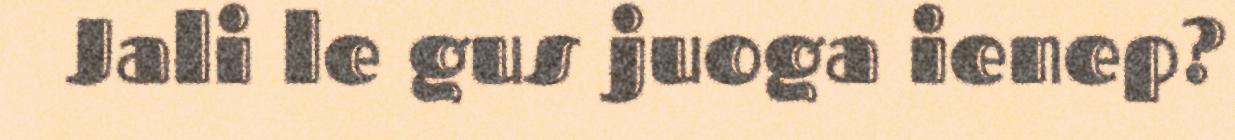
Jali le gus juoga ienep?